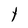
Character: t